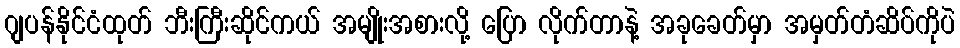
ဂျပန်နိုင်ငံထုတ် ဘီးကြီးဆိုင်ကယ် အမျိုးအစားလို့ ပြော လိုက်တာနဲ့ အခုခေတ်မှာ အမှတ်တံဆိပ်ကိုပဲ